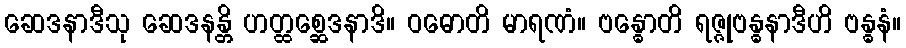
ဆေဒနာဒီသု ဆေဒနန္တိ ဟတ္ထစ္ဆေဒနာဒိ။ ဝဓောတိ မာရဏံ။ ဗန္ဓောတိ ရဇ္ဇုဗန္ဓနာဒီဟိ ဗန္ဓနံ။